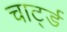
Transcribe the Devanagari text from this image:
चार्ट्ड